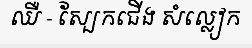
ឈឺ - ស្បែកជើង សំល្លៀក